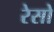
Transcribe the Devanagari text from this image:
रेसो